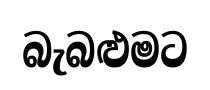
බැබළුමට